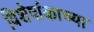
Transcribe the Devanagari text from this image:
विशेषांकाच्या